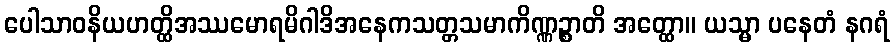
ပေါသာဝနိယဟတ္ထိအဿမောရမိဂါဒိအနေကသတ္တသမာကိဏ္ဏဉ္စာတိ အတ္ထော။ ယသ္မာ ပနေတံ နဂရံ